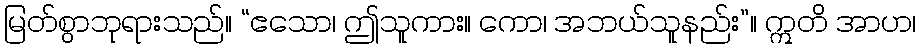
မြတ်စွာဘုရားသည်။ “ဧသော၊ ဤသူကား။ ကော၊ အဘယ်သူနည်း”။ ဣတိ အာဟ၊